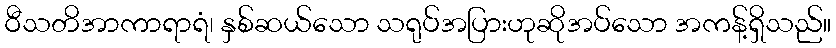
ဝီသတိအာကာရာရံ၊ နှစ်ဆယ်သော သရုပ်အပြားဟုဆိုအပ်သော အကန့်ရှိသည်။